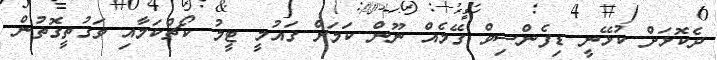
ދެކޮޅަށް ކުޅޭނީ ޑިފެންސިވް ގޭމެއް ނޫން ކަމަށް ގައުމީ ޓީމު ކޯޗްކަމާއި ވަގުތީގޮތުން